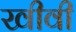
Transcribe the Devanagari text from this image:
खीवी